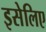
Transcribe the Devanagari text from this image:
इसेलिए